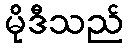
မိုဒီသည်